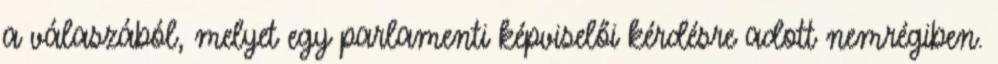
a válaszából, melyet egy parlamenti képviselői kérdésre adott nemrégiben.